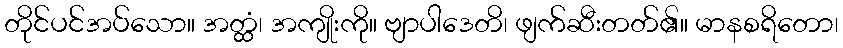
တိုင်ပင်အပ်သော။ အတ္ထံ၊ အကျိုးကို။ ဗျာပါဒေတိ၊ ဖျက်ဆီးတတ်၏။ မာနစရိတော၊